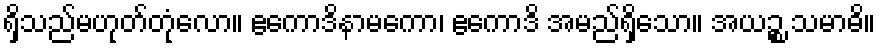
ရှိသည်မဟုတ်တုံလော။ ဧကောဒိနာမကော၊ ဧကောဒိ အမည်ရှိသော။ အယဉ္စ သမာဓိ။